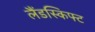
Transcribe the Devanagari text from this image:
लैंडस्किफ्ट